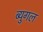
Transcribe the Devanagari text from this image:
ब्युगल